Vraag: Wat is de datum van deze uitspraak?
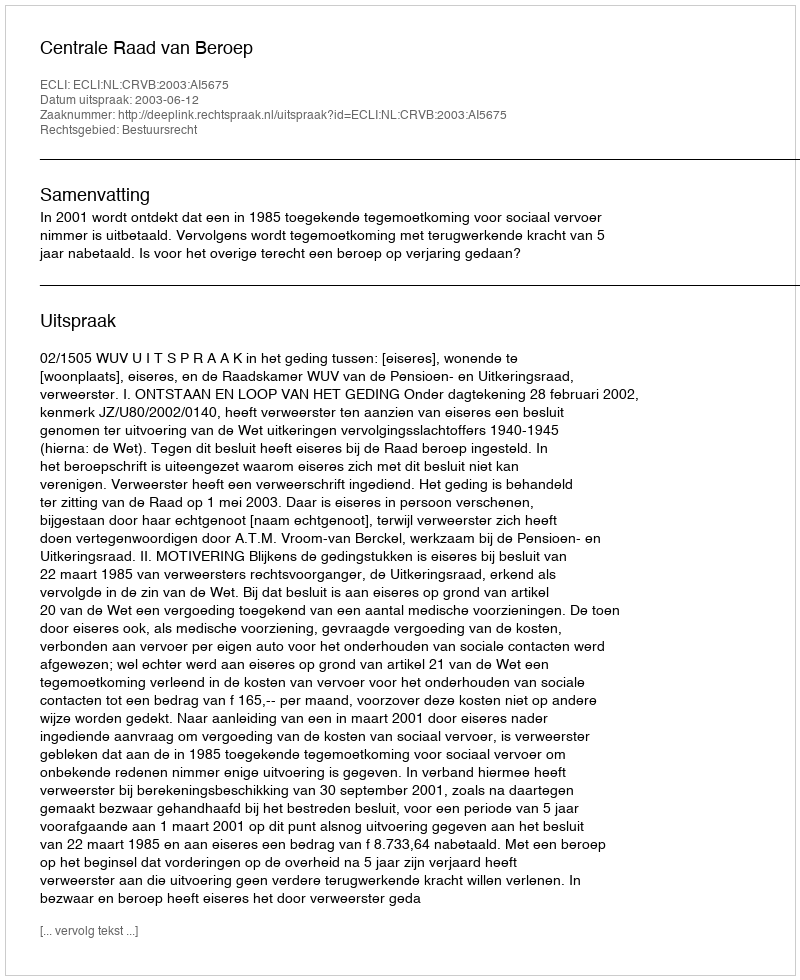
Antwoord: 2003-06-12